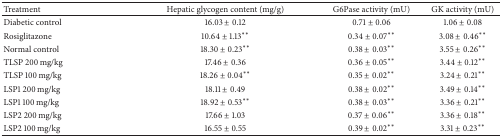
<table><thead><tr><td><b>Treatment</b></td><td><b>Hepatic glycogen content (mg/g)</b></td><td><b>G6Pase activity (mU)</b></td><td><b>GK activity (mU)</b></td></tr></thead><tbody><tr><td>Diabetic control</td><td>16.03 ± 0.12</td><td>0.71 ± 0.06</td><td>1.06 ± 0.08</td></tr><tr><td>Rosiglitazone</td><td>10.64 ± 1.13**</td><td>0.34 ± 0.07**</td><td>3.08 ± 0.46**</td></tr><tr><td>Normal control</td><td>18.30 ± 0.23**</td><td>0.38 ± 0.03**</td><td>3.55 ± 0.26**</td></tr><tr><td>TLSP 200 mg/kg</td><td>17.46 ± 0.36</td><td>0.36 ± 0.05**</td><td>3.44 ± 0.12**</td></tr><tr><td>TLSP 100 mg/kg</td><td>18.26 ± 0.04**</td><td>0.35 ± 0.02**</td><td>3.24 ± 0.21**</td></tr><tr><td>LSP1 200 mg/kg</td><td>18.11 ± 0.49</td><td>0.38 ± 0.02**</td><td>3.49 ± 0.14**</td></tr><tr><td>LSP1 100 mg/kg</td><td>18.92 ± 0.53**</td><td>0.38 ± 0.03**</td><td>3.36 ± 0.21**</td></tr><tr><td>LSP2 200 mg/kg</td><td>17.66 ± 1.03</td><td>0.37 ± 0.06**</td><td>3.36 ± 0.18**</td></tr><tr><td>LSP2 100 mg/kg</td><td>16.55 ± 0.55</td><td>0.39 ± 0.02**</td><td>3.31 ± 0.23**</td></tr></tbody></table>